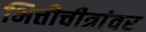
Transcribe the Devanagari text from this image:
भित्तीचीत्रांवर